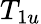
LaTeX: T_{1u}